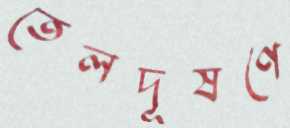
তেলদূষণে